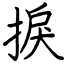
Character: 捩